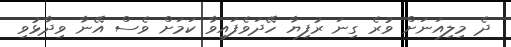
ދެ މިލިއަނަށް ވުރެ ގިނަ ރުފިޔާ ހޭދަވެފައިވާ ކަމަށް ވެސް އޭނާ ވިދާޅުވި